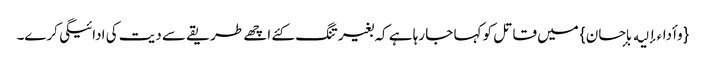
{وأداءإلیه بإحسان} میں قاتل کو کہا جا رہا ہے کہ بغیر تنگ کئے اچھے طریقے سے دیت کی ادائیگی کرے۔